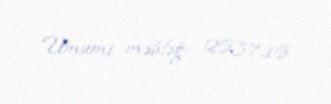
Ümumi məbləğ: 2637,16